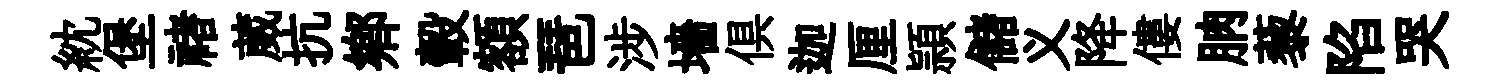
紞堡禇葳抗鄉轂額琶涉墻俱迦厘頴儲义降僂朒藜陷哭